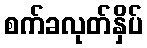
စက်ခလုတ်နှိပ်